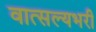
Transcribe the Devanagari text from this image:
वात्सल्यभरी